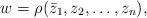
LaTeX: \begin{align*}w = \rho(\bar{z}_1,z_2,\ldots,z_n),\end{align*}